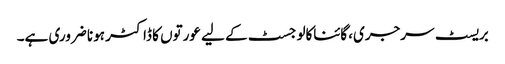
بریسٹ سرجری، گائناکالوجسٹ کے لیے عورتوں کا ڈاکٹر ہونا ضروری ہے۔